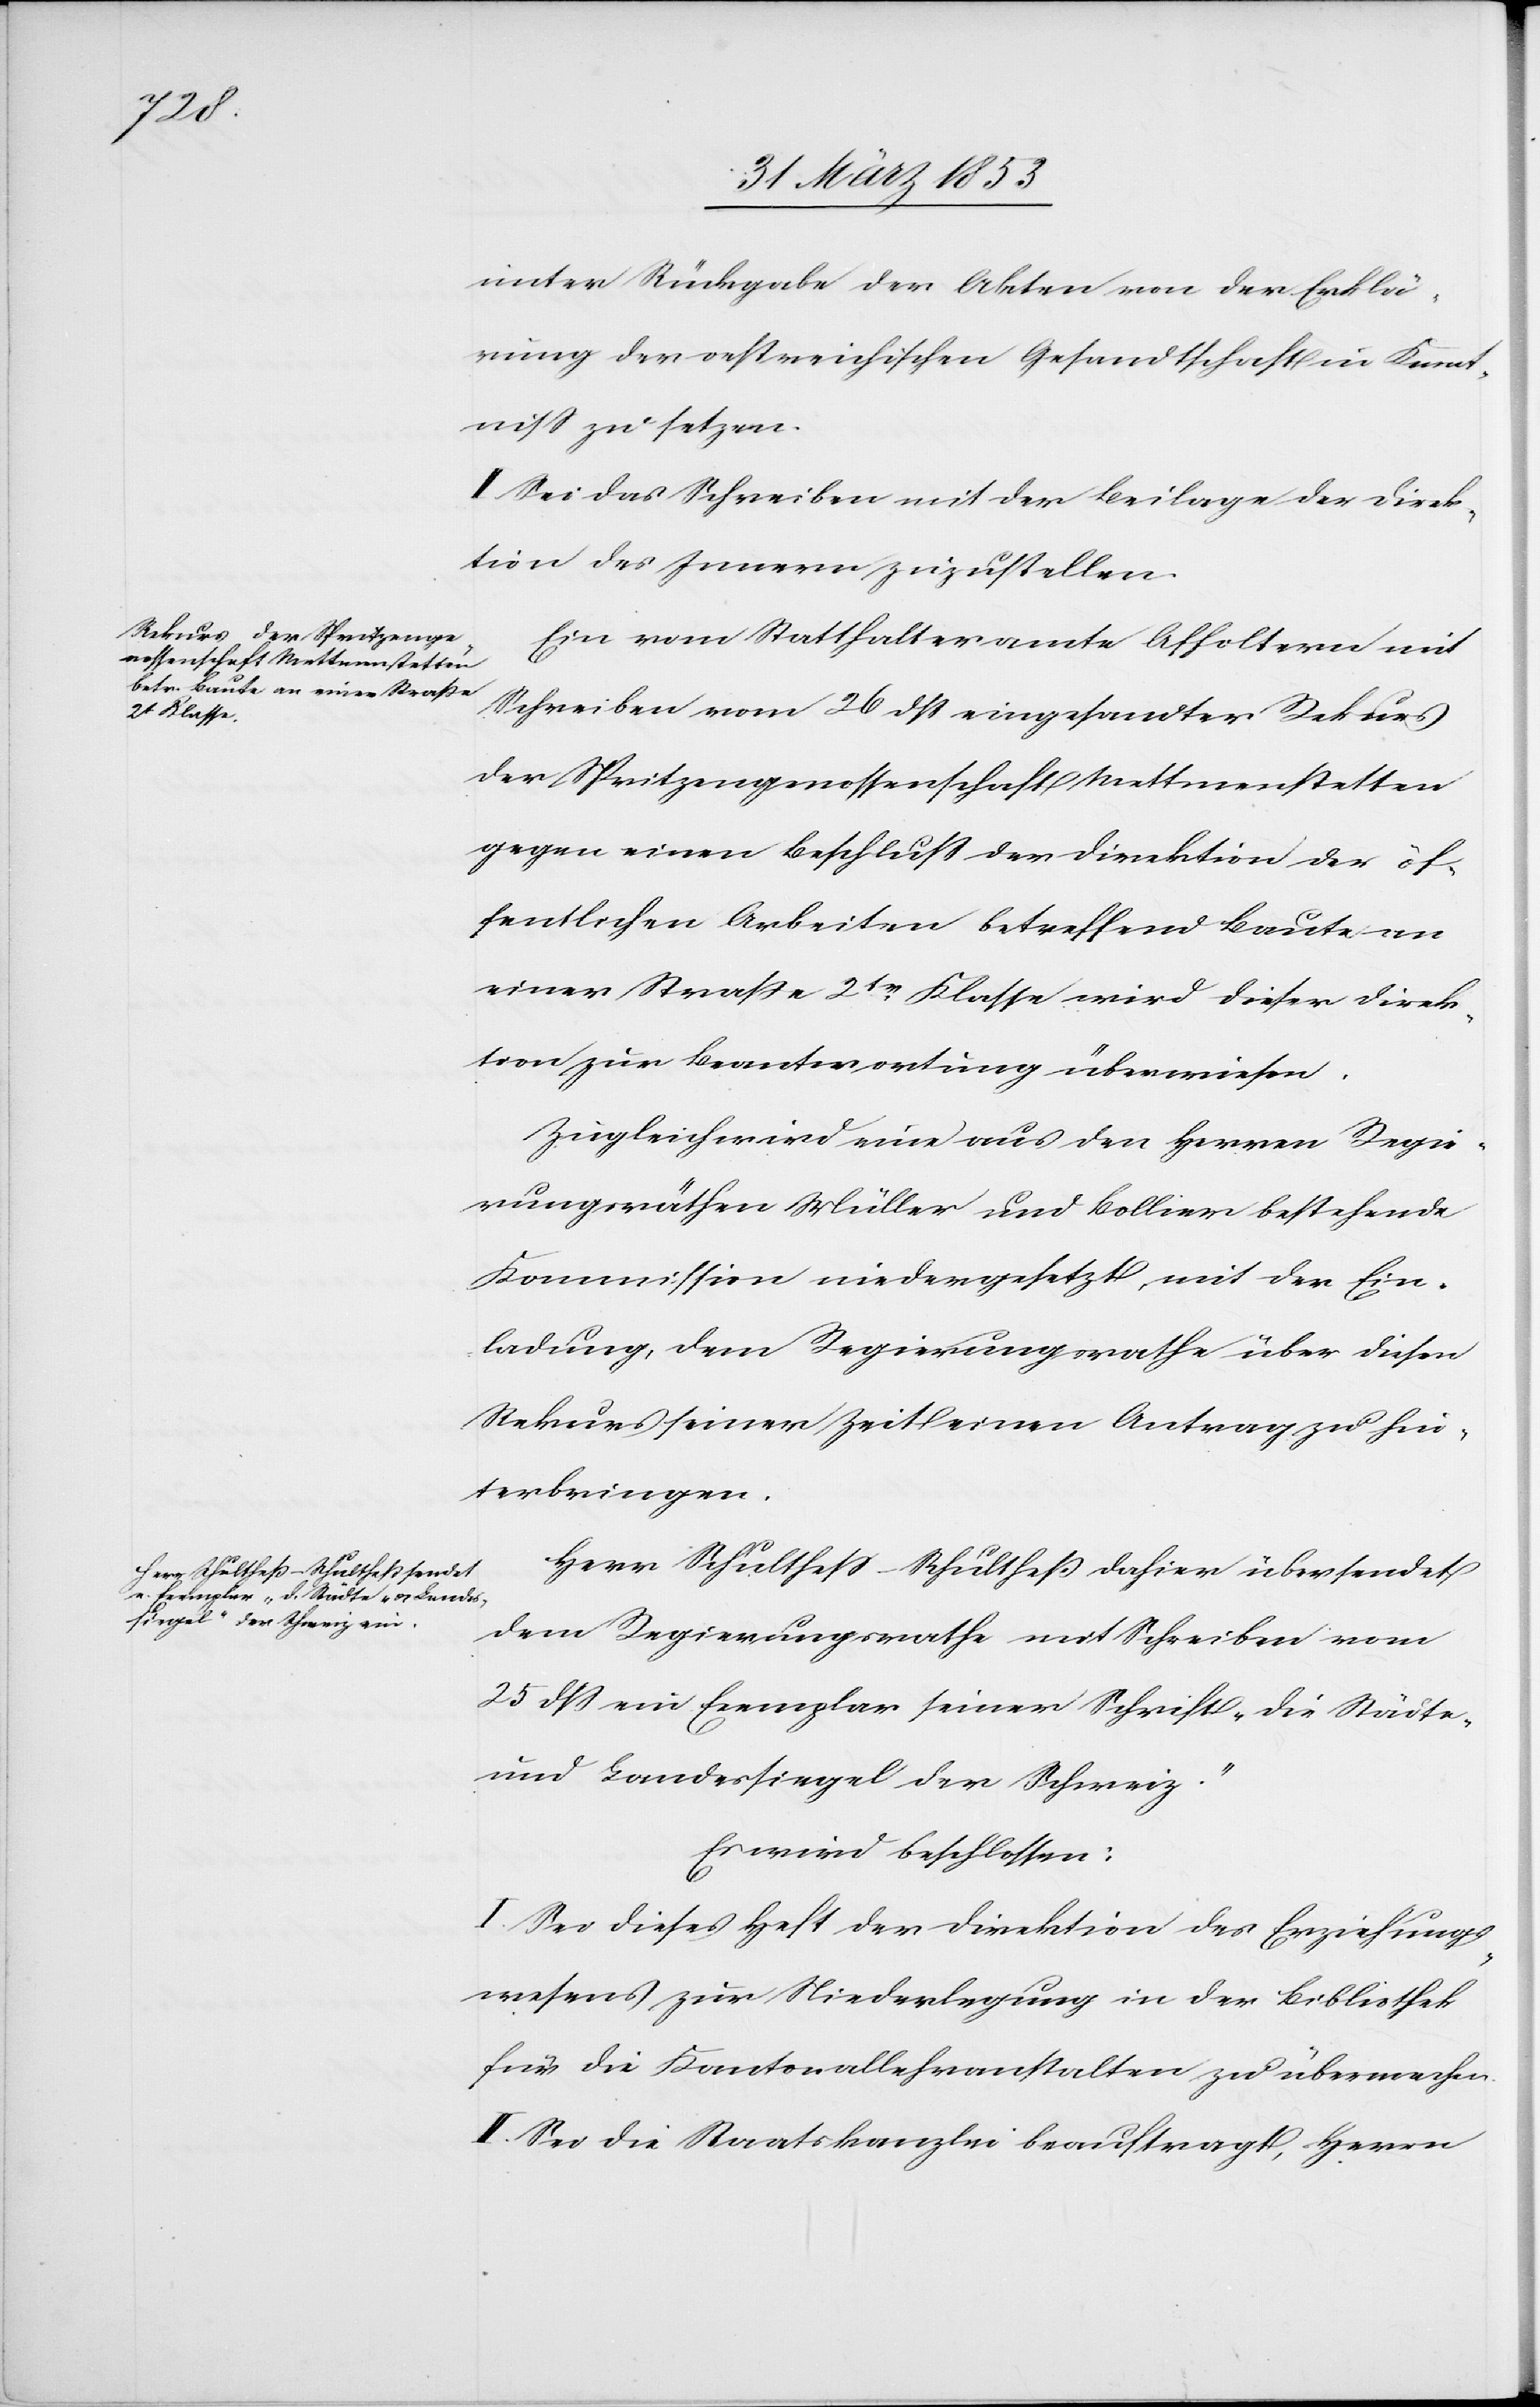
unter Rückgabe der Akten von der Erklä¬
rung der oestreichischen Gesandtschaft in Kennt¬
niß zu setzen.
II. Sei das Schreiben mit der Beilage der Direk¬
tion des Innern zuzustellen.
Ein vom Statthalteramte Affoltern mit
Schreiben vom 26 dß eingesandter Rekurs
der Spritzengenossenschaft Mettmenstetten
gegen einen Beschluß der Direktion der öf¬
fentlichen Arbeiten betreffend Baute an
einer Straße 2tr. Klasse wird dieser Direk¬
tion zur Beantwortung überwiesen.
Zugleich wird eine aus den Herrn Regie¬
rungsräthen Müller und Bollier bestehende
Kommission niedergesetzt, mit der Ein¬
ladung, dem Regierungsrathe über diesen
Rekurs seiner Zeit einen Antrag zu hin¬
terbringen.
Herr Schultheß-Schultheß dahier übersendet
dem Regierungsrathe mit Schreiben vom
25 dß ein Exemplar seiner Schrift „Die Städte-
und Landessiegel der Schweiz.“
Es wird beschlossen:
I. Sei dieses Heft der Direktion des Erziehungs¬
wesens zur Niederlegung in der Bibliothek
für die Kantonallehranstalten zu übermachen.
II. Sei die Staatskanzlei beauftragt, Herrn